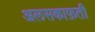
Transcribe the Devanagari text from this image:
अलसकाफ़ती